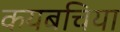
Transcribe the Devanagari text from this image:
कयबचिया